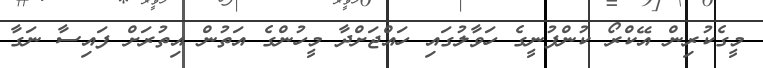
މީގެކުރިން އޭކްރޯ ކުންފުނީގެ ހަވާލުގައި ހައްޖަށްދާ މީހުންގެ އަތުން އިތުރަށް ފައިސާ ނަގާ